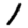
Digit: 1